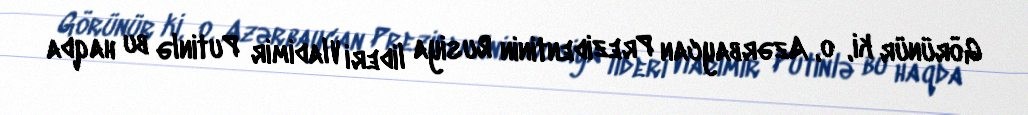
Görünür ki, o, Azərbaycan Prezidentinin Rusiya lideri Vladimir Putinlə bu haqda